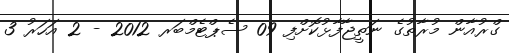
ގްރުއާން މުރާތުގެ ނަތީޖާފާޅުކޮށްފި 09 ސެޕްޓެމްބަރ 2012 - 2 އަހަރު 3